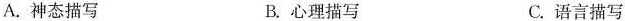
A.神态描写 B.心理描写 C.语言描写